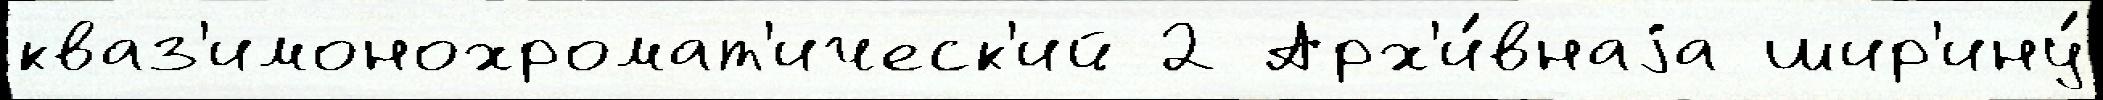
кваз'имонохромат'ическ'ий 2 Арх'и́внаjа шир'ину́